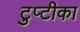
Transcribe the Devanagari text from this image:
टुप्टीका